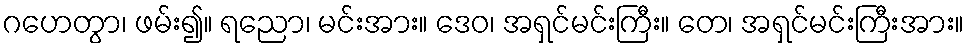
ဂဟေတွာ၊ ဖမ်း၍။ ရညော၊ မင်းအား။ ဒေဝ၊ အရှင်မင်းကြီး။ တေ၊ အရှင်မင်းကြီးအား။